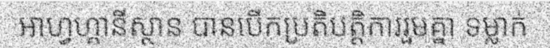
អាហ្វហ្គានីស្ថាន បានបើកប្រតិបត្តិការរួមគ្នា ទម្លាក់